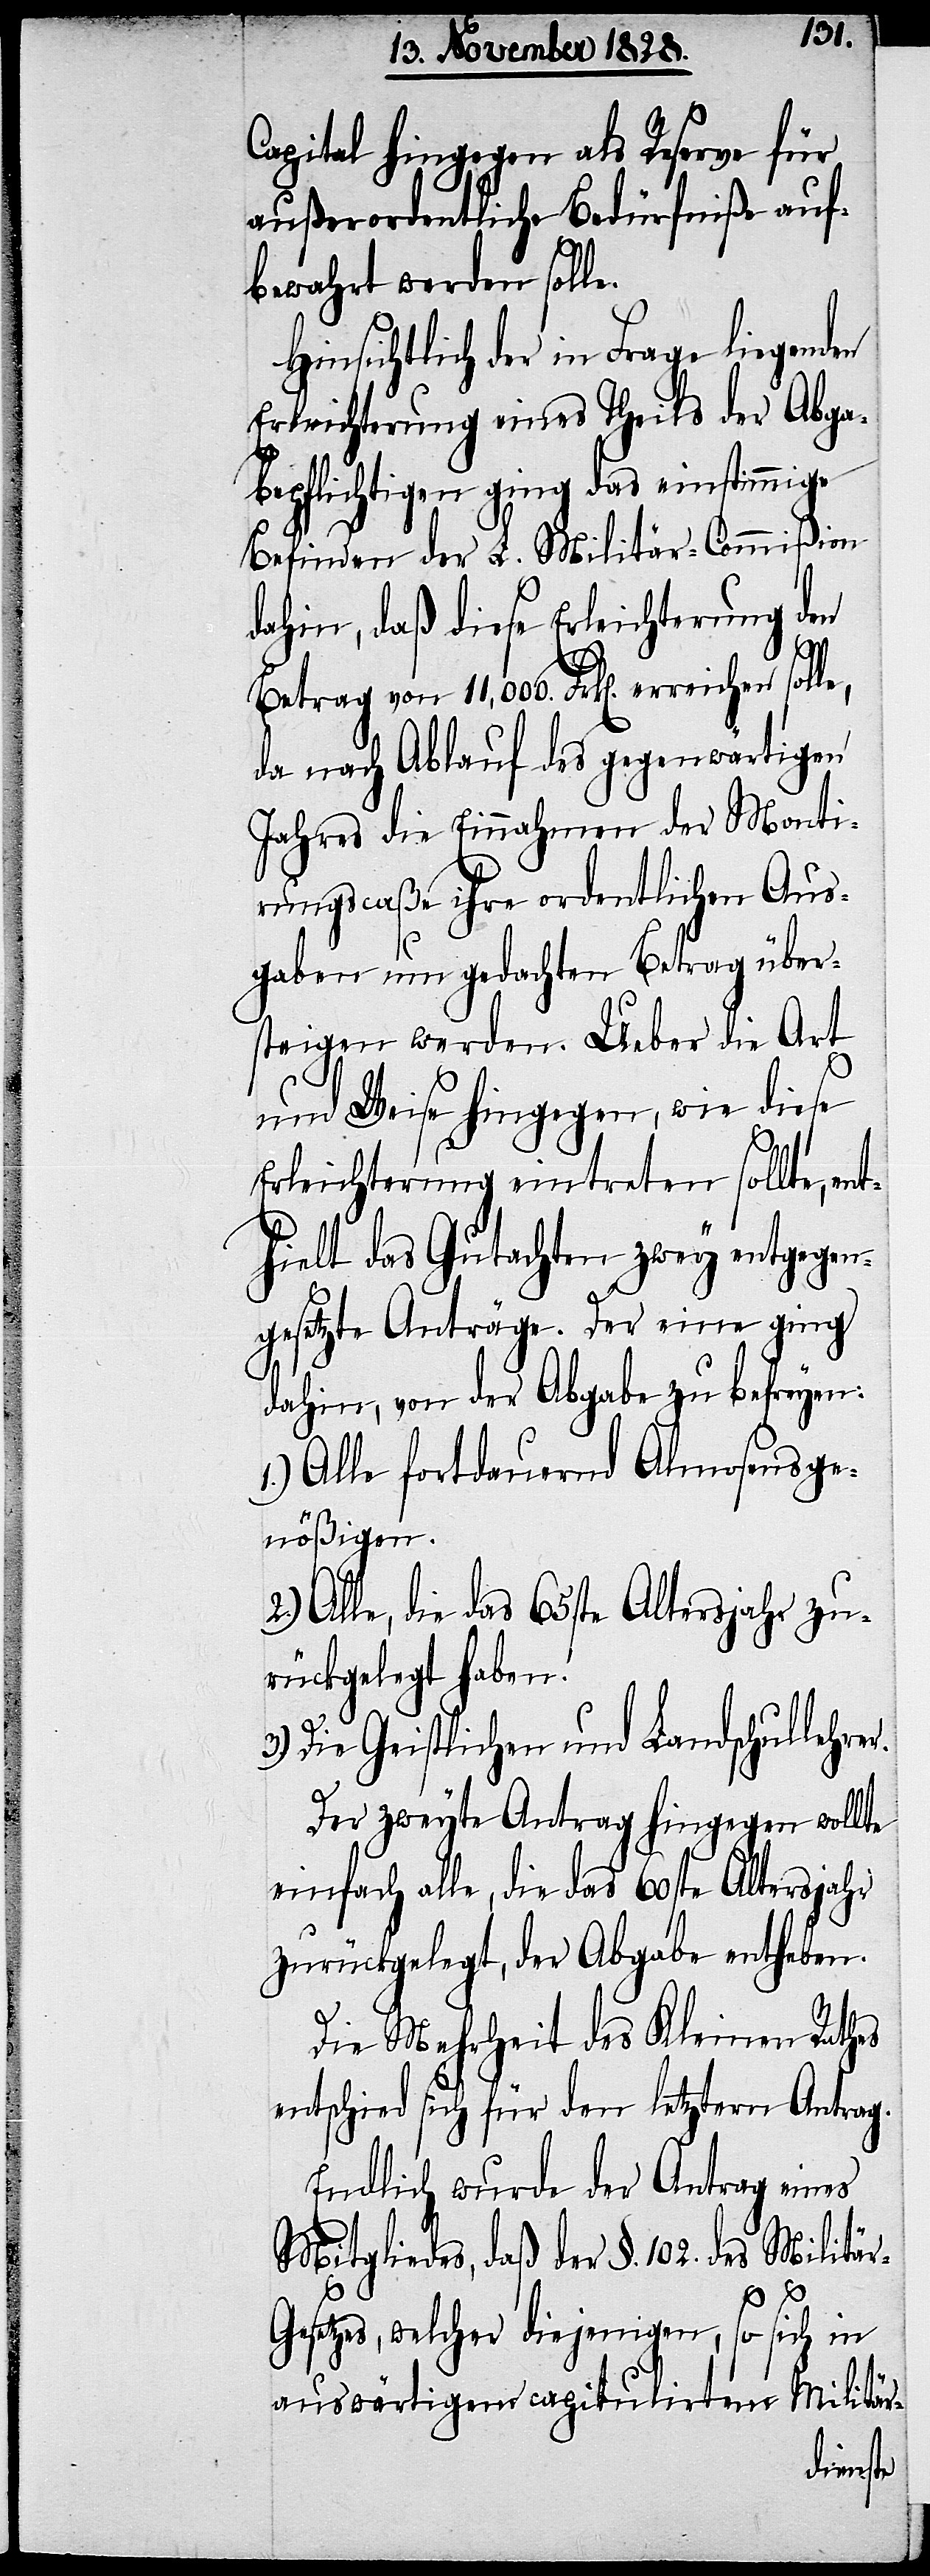
Capital hingegen als Reserve für
außerordentliche Bedürfniße auf¬
bewahrt werden solle.
Hinsichtlich der in Frage liegenden
Erleichterung eines Theils der Abga¬
bepflichtigen ging das einstimmige
Befinden der L. Militär-Commißion
dahin, daß diese Erleichterung den
r-G¬
Betrag von 11,000. Frk[en]. einreichen solle,
da nach Ablauf des gegenwärtigen
Jahres die Einnahmen der Monti¬
rungscaße ihre ordentlichen Aus¬
gaben um gedachten Betrag über¬
steigen werden. Ueber die Art
und Weise hingegen, wie diese
Erleichterung eintreten sollte, ent¬
hielt das Gutachten zwey entgegen¬
gesetzte Anträge. Der eine ging
dahin, von der Abgabe zu befreyen:
1.) Alle fortdauernd Almosensge¬
nößigen.
2.) Alle, die das 65ste Altersjahr zu¬
rückgelegt haben.
3.) Die Geistlichen und Landschullehr¬
Der zweyte Antrag hingegen wollte
einfach alle, die das 60ste Altersjahr
zurückgelegt, der Abgabe entheben.
Die Mehrheit des Kleinen Rathes
entschied sich für den letztern Antrag.
Endlich wurde der Antrag eines
Mitgliedes, daß der §. 102. des Militä¬
esetzes, welcher diejenigen, so sich in
auswärtigem capitulirtem Militär-